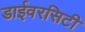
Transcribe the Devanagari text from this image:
डाईवरसिटी